Problem: 7 + 11 = ?
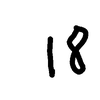
Handwritten answer: 18